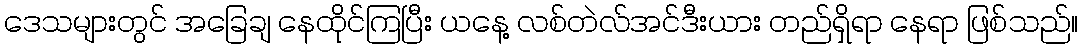
ဒေသများတွင် အခြေချ နေထိုင်ကြပြီး ယနေ့ လစ်တဲလ်အင်ဒီးယား တည်ရှိရာ နေရာ ဖြစ်သည်။